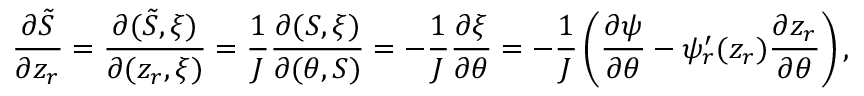
\frac { \partial \tilde { S } } { \partial z _ { r } } = \frac { \partial ( \tilde { S } , \xi ) } { \partial ( z _ { r } , \xi ) } = \frac { 1 } { J } \frac { \partial ( S , \xi ) } { \partial ( \theta , S ) } = - \frac { 1 } { J } \frac { \partial \xi } { \partial \theta } = - \frac { 1 } { J } \left( \frac { \partial \psi } { \partial \theta } - \psi _ { r } ^ { \prime } ( z _ { r } ) \frac { \partial z _ { r } } { \partial \theta } \right) ,